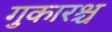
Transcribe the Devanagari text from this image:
गुकारश्च